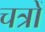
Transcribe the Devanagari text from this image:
चत्रों